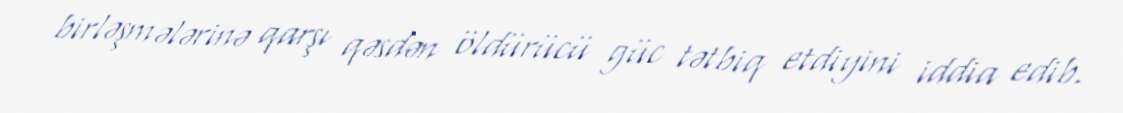
birləşmələrinə qarşı qəsdən öldürücü güc tətbiq etdiyini iddia edib.